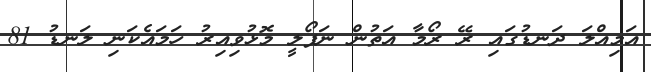
އަމިއްލަ ދަނޑުގައި ރޭ ރޯމާ އަތުން ނަޕޯލީ މޮޅުވިއިރު ހަމައެކަނި ލަނޑު 81